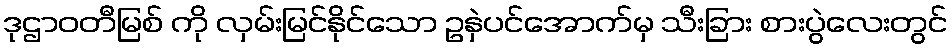
ဒုဌာဝတီမြစ် ကို လှမ်းမြင်နိုင်သော ဥနှဲပင်အောက်မှ သီးခြား စားပွဲလေးတွင်